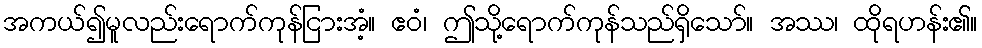
အကယ်၍မူလည်းရောက်ကုန်ငြားအံ့။ ဧဝံ၊ ဤသို့ရောက်ကုန်သည်ရှိသော်။ အဿ၊ ထိုရဟန်း၏။